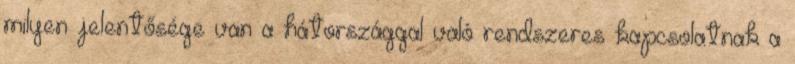
milyen jelentősége van a hátországgal való rendszeres kapcsolatnak a